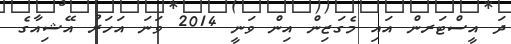
ދަ އީސްޓަރން އައި މެގަޒިން އިން ވަނީ 2014 ވަނަ އަހަރު އޭޝިއާގެ